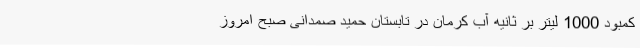
کمبود 1000 لیتر بر ثانیه آب کرمان در تابستان حمید صمدانی صبح امروز